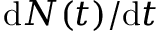
\mathrm { d } N ( t ) / \mathrm { d } t